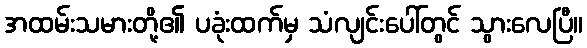
အထမ်းသမားတို့၏ ပခုံးထက်မှ သံလျင်းပေါ်တွင် သွားလေပြီ။